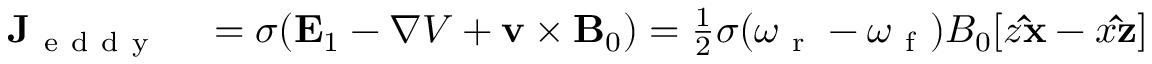
\begin{array} { r l } { \mathbf { J } _ { \mathrm { ~ e ~ d ~ d ~ y ~ } } } & { { } = \sigma ( \mathbf { E } _ { 1 } - \boldsymbol { \nabla } V + \mathbf { v } \times \mathbf { B } _ { 0 } ) = \frac { 1 } { 2 } \sigma ( \omega _ { \mathrm { ~ r ~ } } - \omega _ { \mathrm { ~ f ~ } } ) B _ { 0 } [ z \mathbf { \hat { x } } - x \mathbf { \hat { z } } ] } \end{array}